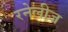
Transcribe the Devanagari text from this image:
रनेलीज